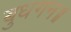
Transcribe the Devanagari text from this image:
बुधगन॥